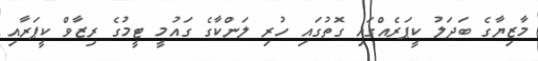
މާޒިޔާގެ ބަދަލު ކީޕަރެއްގައި ގޮތުގައި ހުރި ލަންކާގެ ގައުމީ ޓީމުގެ ރިޒާވް ކީޕަރާއި